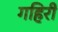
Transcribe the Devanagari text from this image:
गहिरी